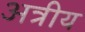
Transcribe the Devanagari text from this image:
अत्रीय